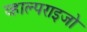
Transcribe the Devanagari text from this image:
व्हाल्पराइजो